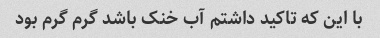
با این که تاکید داشتم آب خنک باشد گرم گرم بود